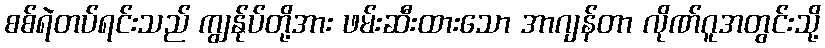
စစ်ရဲတပ်ရင်းသည် ကျွန်ုပ်တို့အား ဖမ်းဆီးထားသော အာဂျန်တာ လိုဏ်ဂူအတွင်းသို့